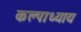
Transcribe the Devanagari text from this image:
कल्पाध्याय